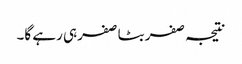
نتیجہ صفر بٹا صفرہی رہے گا۔